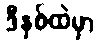
ဒီနှစ်ထဲမှာ